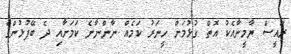
ރައީސް ޔާމީނާއެކު އޮތް ގުޅުމަށް ހީނަރު ކަމެއް ނާންނާނެ ކަމަށާއި ދެ ބޭފުޅުންގެ